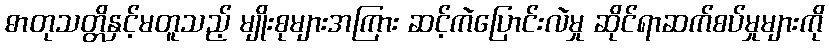
ဓာတုသတ္တိနှင့်မတူသည့် မျိုးစုများအကြား ဆင့်ကဲပြောင်းလဲမှု ဆိုင်ရာဆက်စပ်မှုများကို